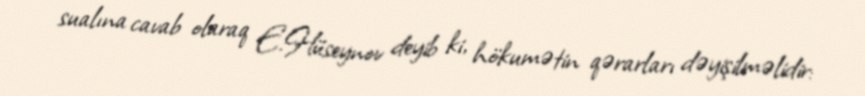
sualına cavab olaraq E.Hüseynov deyib ki, hökumətin qərarları dəyişilməlidir: